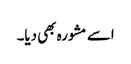
اسے مشورہ بھی دیا۔